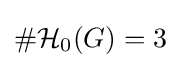
\#{\mathcal {H}}_{0}(G)=3